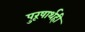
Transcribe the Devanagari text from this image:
पुरूषार्थही